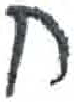
אות: ח